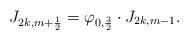
\begin{align*}J_{2k,m+\frac{1}{2}}=\varphi_{0,\frac{3}{2}}\cdot J_{2k,m-1}.\end{align*}